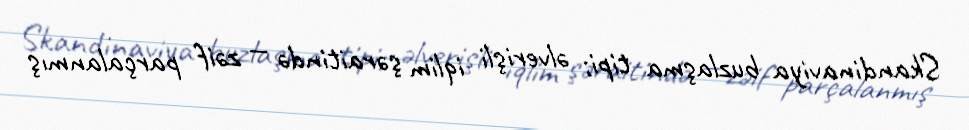
Skandinaviya buzlaşma tipi; əlverişli iqlim şəraitində — zəif parçalanmış